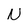
Character: N